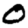
Digit: 0